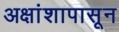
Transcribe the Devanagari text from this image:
अक्षांशापासून